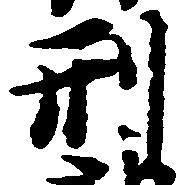
刑